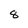
Character: 8